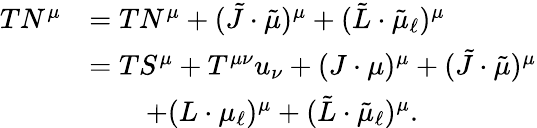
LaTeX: \begin{array}{rl}{TN^{\mu}}&{=TN^{\mu}+(\tilde{J}\cdot\tilde{\mu})^{\mu}+(\tilde{L}\cdot\tilde{\mu}_{\ell})^{\mu}}\\ &{=TS^{\mu}+T^{\mu\nu}u_{\nu}+(J\cdot\mu)^{\mu}+(\tilde{J}\cdot\tilde{\mu})^{\mu}}\\ &{\qquad+(L\cdot\mu_{\ell})^{\mu}+(\tilde{L}\cdot\tilde{\mu}_{\ell})^{\mu}.}\end{array}